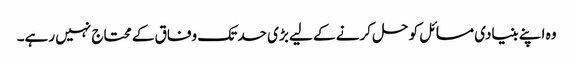
وہ اپنے بنیادی مسائل کو حل کرنے کے لیے بڑی حد تک وفاق کے محتاج نہیں رہے۔